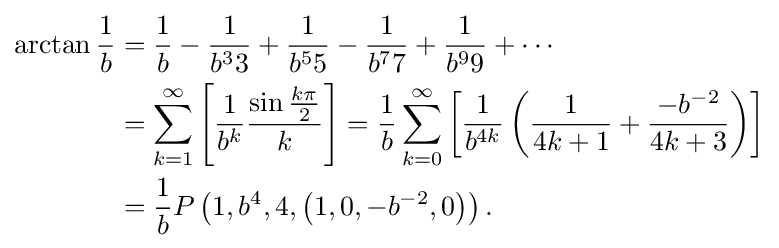
{\begin{aligned}\arctan {\frac {1}{b}}&={\frac {1}{b}}-{\frac {1}{b^{3}3}}+{\frac {1}{b^{5}5}}-{\frac {1}{b^{7}7}}+{\frac {1}{b^{9}9}}+\cdots \\&=\sum _{k=1}^{\infty }\left[{\frac {1}{b^{k}}}{\frac {\sin {\frac {k\pi }{2}}}{k}}\right]={\frac {1}{b}}\sum _{k=0}^{\infty }\left[{\frac {1}{b^{4k}}}\left({\frac {1}{4k+1}}+{\frac {-b^{-2}}{4k+3}}\right)\right]\\&={\frac {1}{b}}P\left(1,b^{4},4,\left(1,0,-b^{-2},0\right)\right).\end{aligned}}